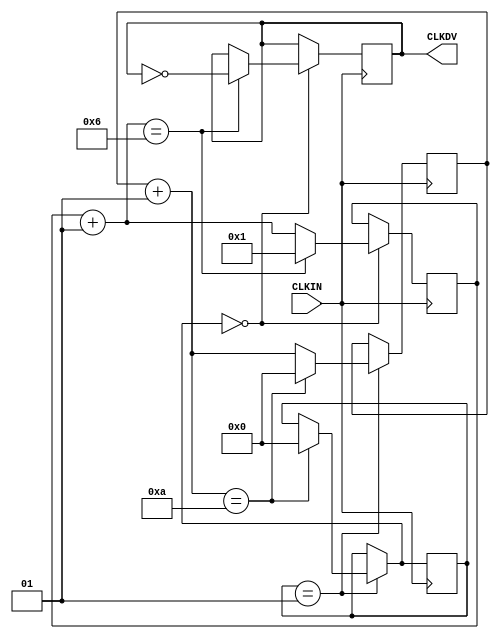
/* Clock divider with divider delay 
   August 10, 2001
   May 1,2003 LSS Added 1 clock cycle delay to startup 
*/

`timescale 100 ps / 10 ps

module CLK_DIV10SD (CLKDV,CLKIN);

parameter DIVIDE_BY = 10;
parameter DIVIDER_DELAY = 1;

input CLKIN;
output CLKDV;
reg CLKDV;

integer CLOCK_DIVIDER;
integer START_WAIT_COUNT;
integer DELAY_START;

initial begin
 CLOCK_DIVIDER = 0;
 START_WAIT_COUNT = 0;
 DELAY_START = DIVIDER_DELAY;
 CLKDV = 1'b0;
end

always @(posedge CLKIN)
begin

if (DELAY_START == 1) 
 begin
 START_WAIT_COUNT = START_WAIT_COUNT + 1;
	if (START_WAIT_COUNT == DIVIDE_BY)
	begin
	START_WAIT_COUNT = 0;
	DELAY_START  = 0;
	end
 end

if (DELAY_START == 0) 
 begin
 CLOCK_DIVIDER = CLOCK_DIVIDER + 1;
	if (CLOCK_DIVIDER == (DIVIDE_BY/2 + 1)) 
	begin
	CLOCK_DIVIDER = 1;
	CLKDV = ~CLKDV;
	end
 end

end

endmodule